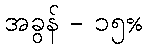
အခွန် - ၁၅%